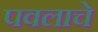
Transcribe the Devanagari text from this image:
पवलाचे